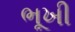
ભૂખી